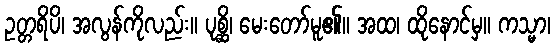
ဥတ္တရိပိ၊ အလွန်ကိုလည်း။ ပုစ္ဆိ၊ မေးတော်မူ၏။ အထ၊ ထိုနောင်မှ။ ကသ္မာ၊